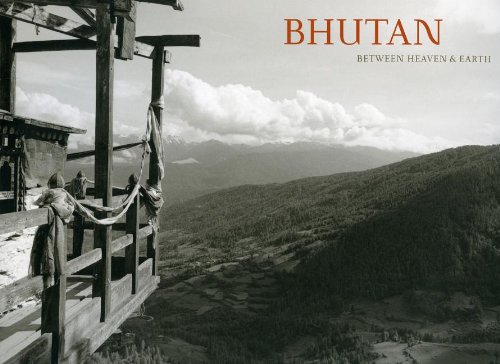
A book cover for Bhutan: Between Heaven and Earth; Travel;